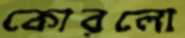
কোরলো